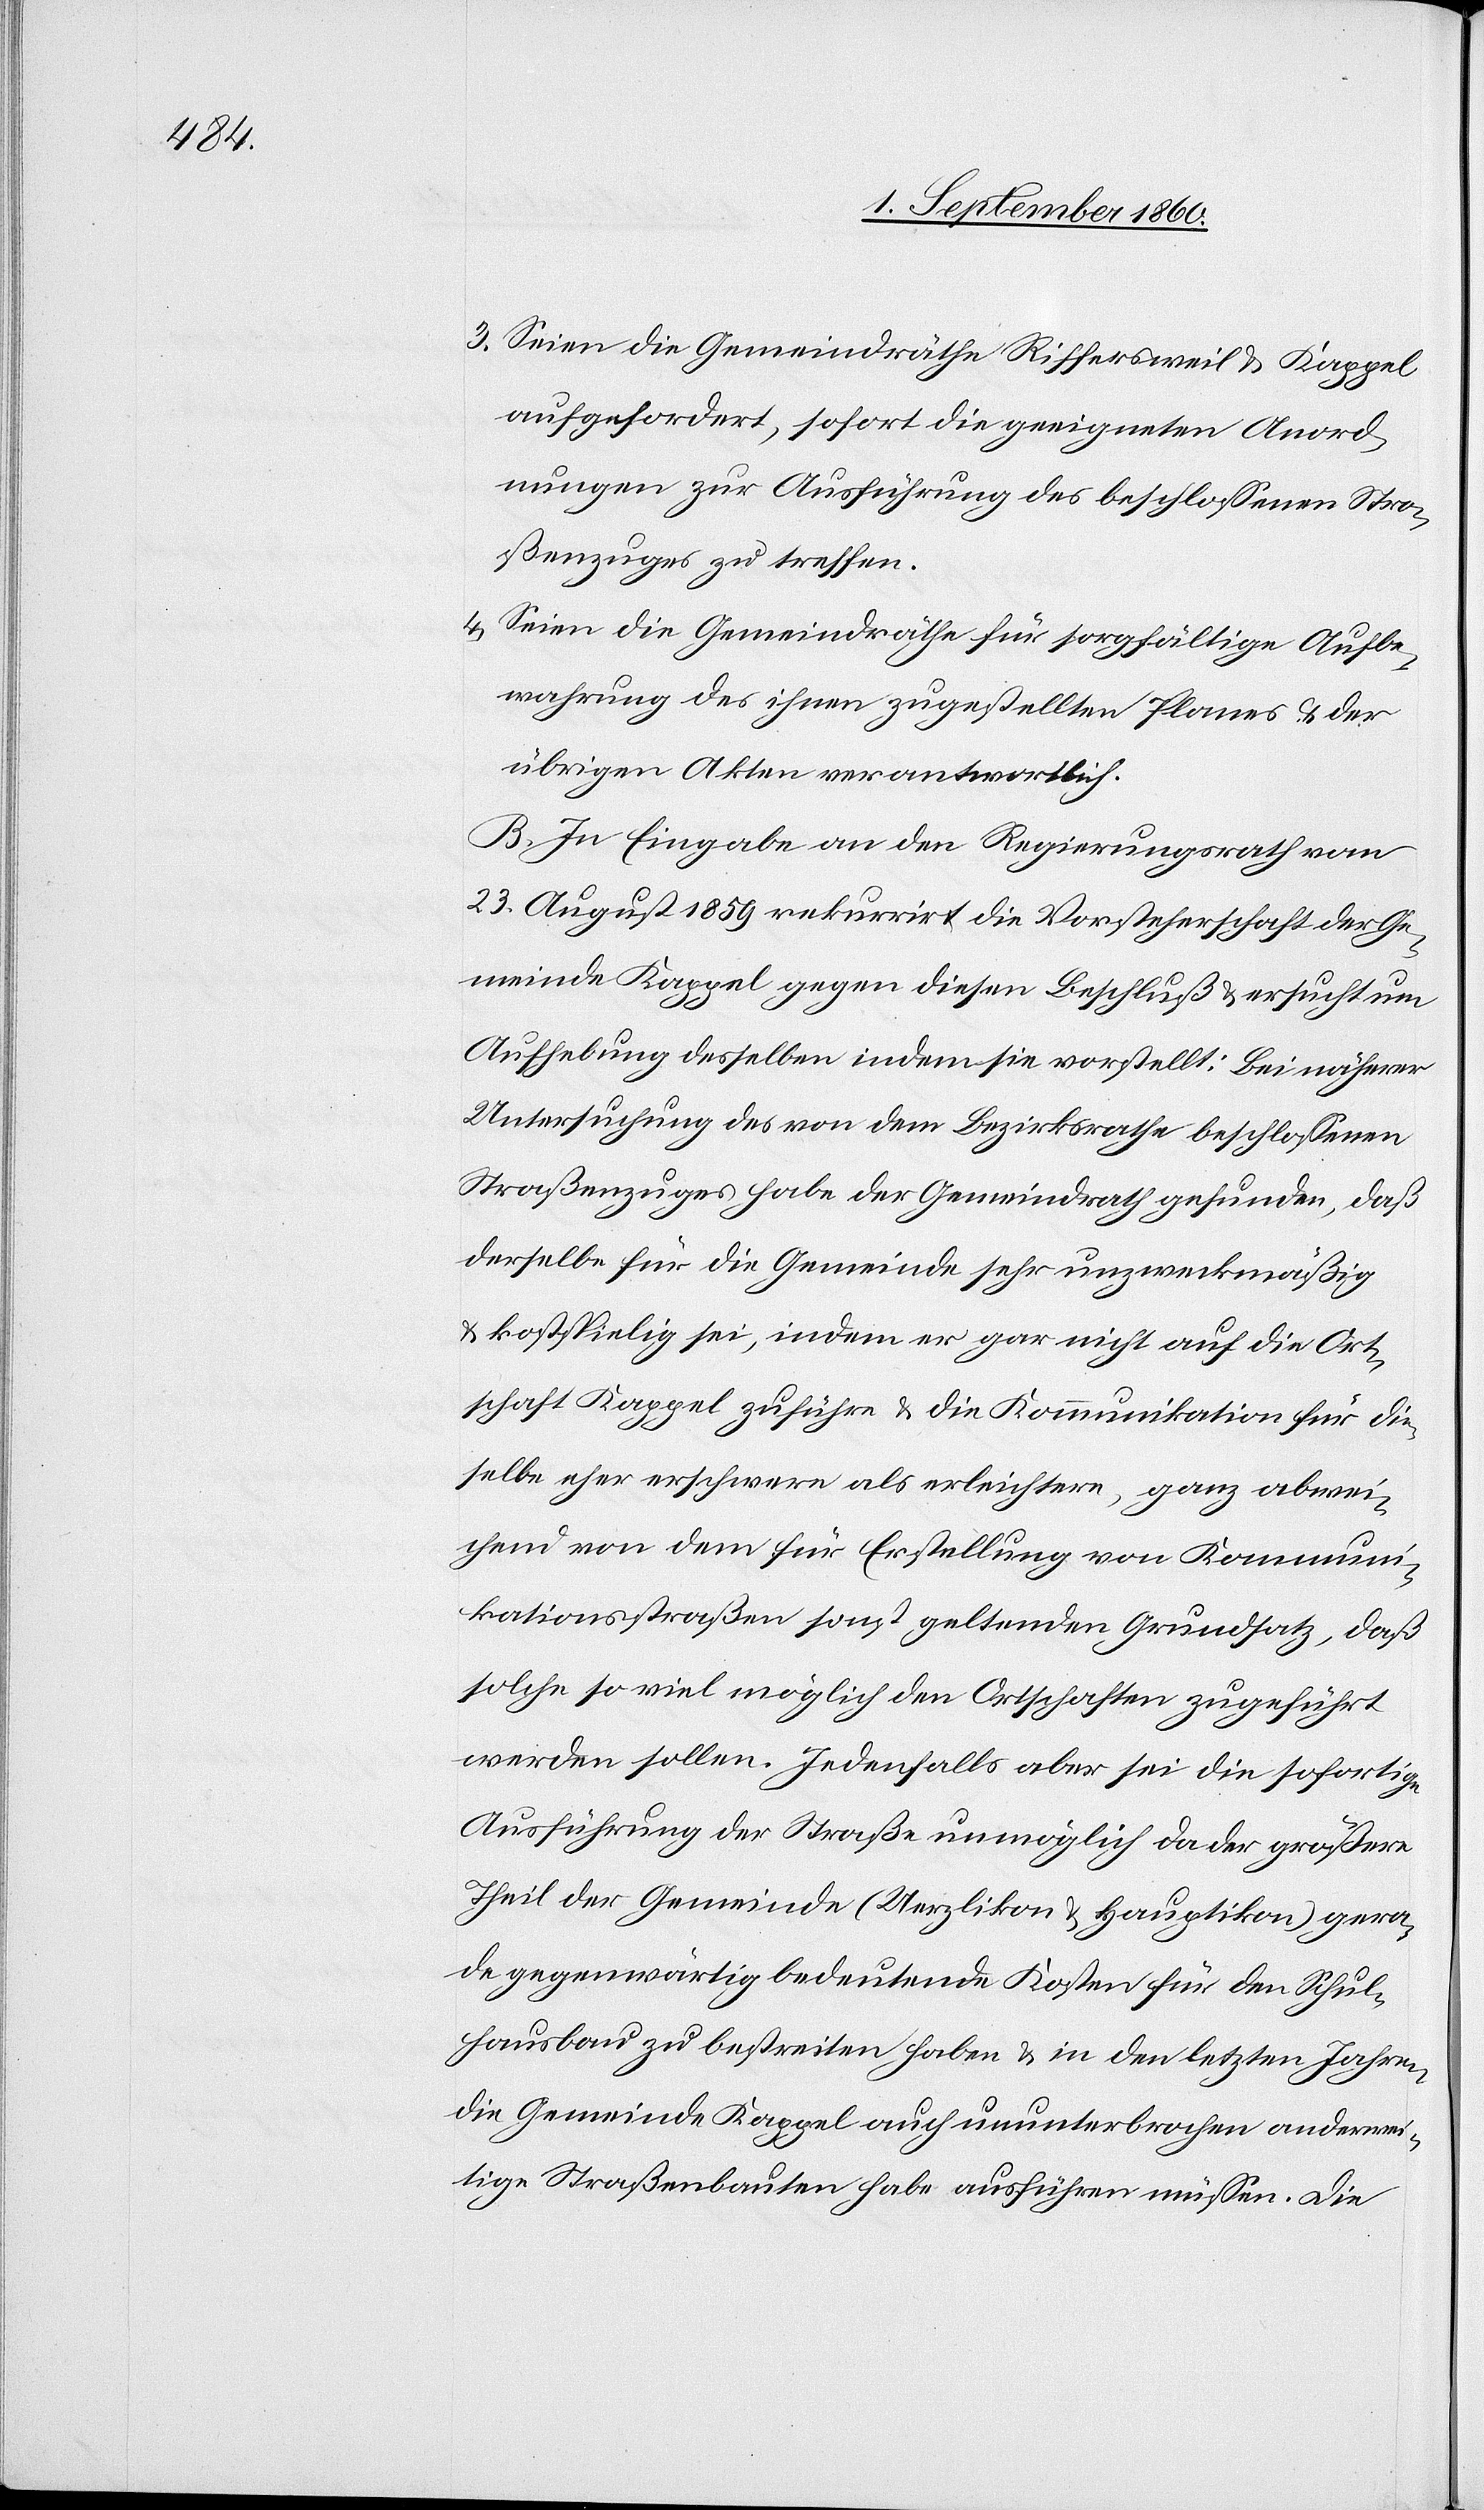
3) Seien die Gemeindräthe Riffersweil u. Kappel
aufgefordert, sofort die geeigneten Anord¬
nungen zur Ausführung des beschlossenen Stra¬
ssenzuges zu treffen;
4) Seien die Gemeindräthe für sorgfältige Aufbe¬
wahrung des ihnen zugestellten Planes u. der
übrigen Akten verantwortlich.
B. In Eingabe an den Regierungsrath vom
23. August 1859 rekurrirt die Vorsteherschaft der Ge¬
meinde Kappel gegen diesen Beschluss u. ersucht um
Aufhebung desselben, indem sie vorstellt: Bei näherer
Untersuchung des von dem Bezirksrathe beschlossenen
Strassenzuges habe der Gemeindrath gefunden, dass
derselbe für die Gemeinde sehr unzweckmässig
u. kostspielig sei, indem er gar nicht auf die Ort¬
schaft Kappel zuführe u. die Kommunikation für die¬
selbe eher erschwere als erleichtere, ganz abwei¬
chend von dem für Erstellung von Kommuni¬
kationsstrassen sonst geltenden Grundsatz, dass
solche soviel möglich den Ortschaften zugeführt
werden sollen. Jedenfalls aber sei die sofortige
Ausführung der Strasse unmöglich, da der grössere
Theil der Gemeinde (Uerzlikon u. Hauptikon) gera¬
de gegenwärtig bedeutende Kosten für den Schul¬
hausbau zu bestreiten haben u. in den letzten Jahren
die Gemeinde Kappel auch ununterbrochen anderwei¬
tige Strassenbauten habe ausführen müssen. Die